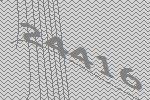
24416